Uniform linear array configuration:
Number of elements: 16
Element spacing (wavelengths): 0.75
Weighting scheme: binomial
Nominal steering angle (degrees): -60
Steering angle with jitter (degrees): -61.033
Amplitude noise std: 0.05
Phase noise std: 0.05

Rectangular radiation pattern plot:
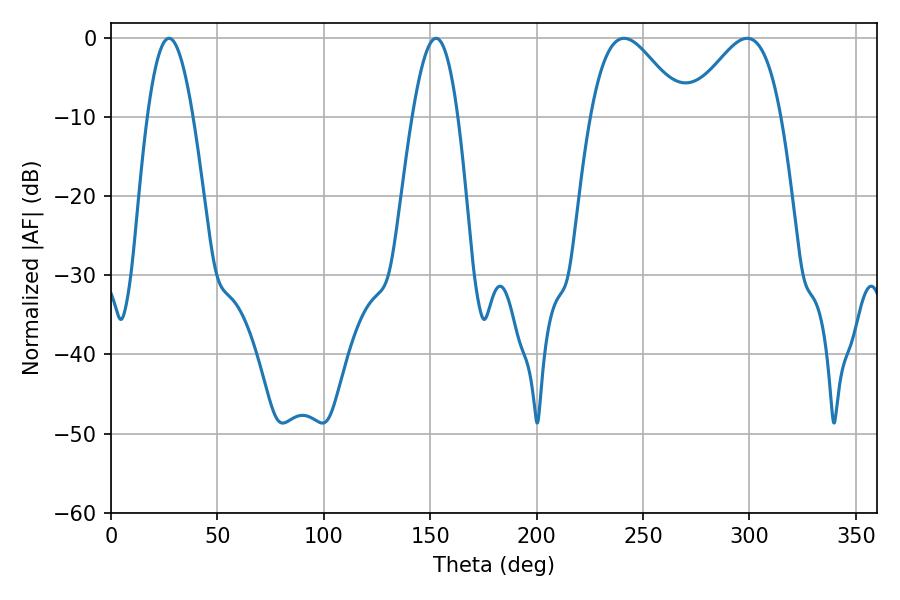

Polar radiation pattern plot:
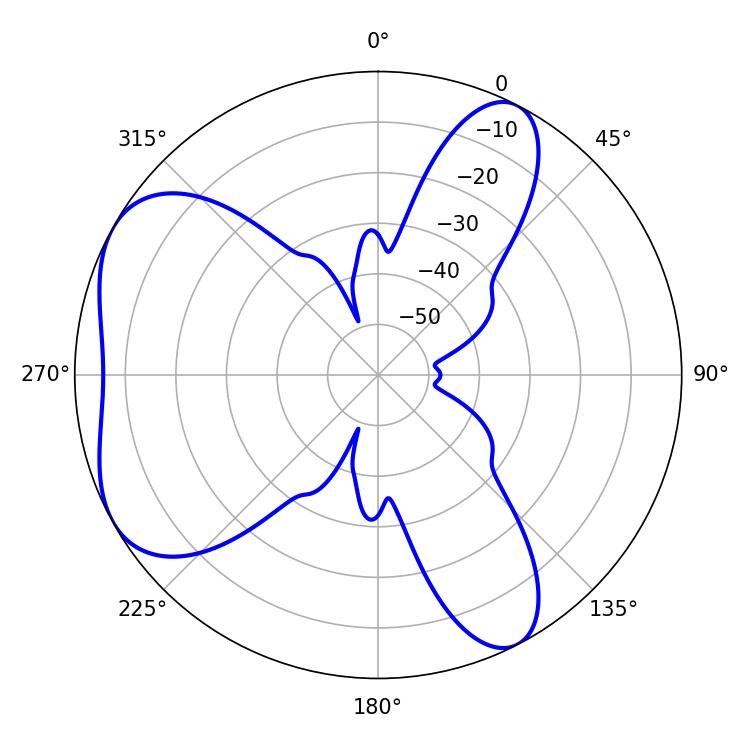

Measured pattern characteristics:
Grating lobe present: TRUE
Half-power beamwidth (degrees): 23.4
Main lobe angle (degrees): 241.02